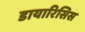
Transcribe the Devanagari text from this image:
डायारिसिस